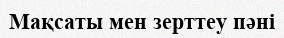
Мақсаты мен зерттеу пәні